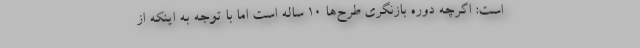
است: اگرچه دوره بازنگری طرح‌ها ۱۰ ساله است اما با توجه به اینکه از